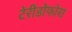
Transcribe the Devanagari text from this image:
टेरीडोफोरा